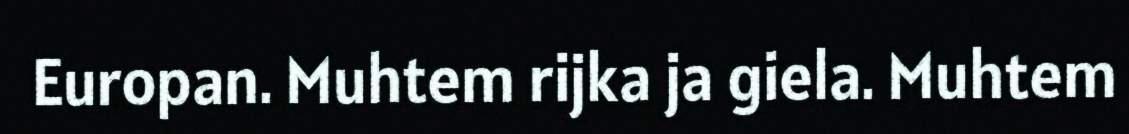
Europan. Muhtem rijka ja giela. Muhtem